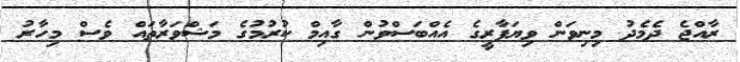
ރާއްޖެ ދެމެދު މިނިވަން ވިޔަފާރީގެ އެއްބަސްވުން ގާއިމް ކުރުމުގެ މަޝްވަރާތައް ވެސް މިހާރު